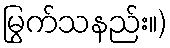
မြွက်သနည်း။)